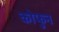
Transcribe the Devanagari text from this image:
कोफुन